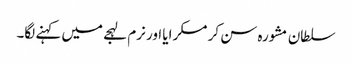
سلطان مشورہ سن کر مسکرایا اور نرم لہجے میں کہنے لگا۔